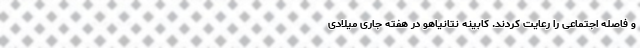
و فاصله اجتماعی را رعایت کردند. کابینه نتانیاهو در هفته جاری میلادی